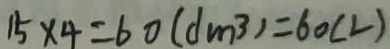
1 5 \times 4 = 6 0 ( d m ^ { 3 } ) = 6 0 ( L )